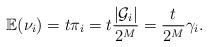
LaTeX: \begin{align*} \mathbb{E}(\nu_i)=t \pi_i=t \frac{|\mathcal{G}_i|}{2^M}=\frac{t}{2^M}\gamma_i.\end{align*}